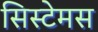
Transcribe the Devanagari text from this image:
सिस्टेमस